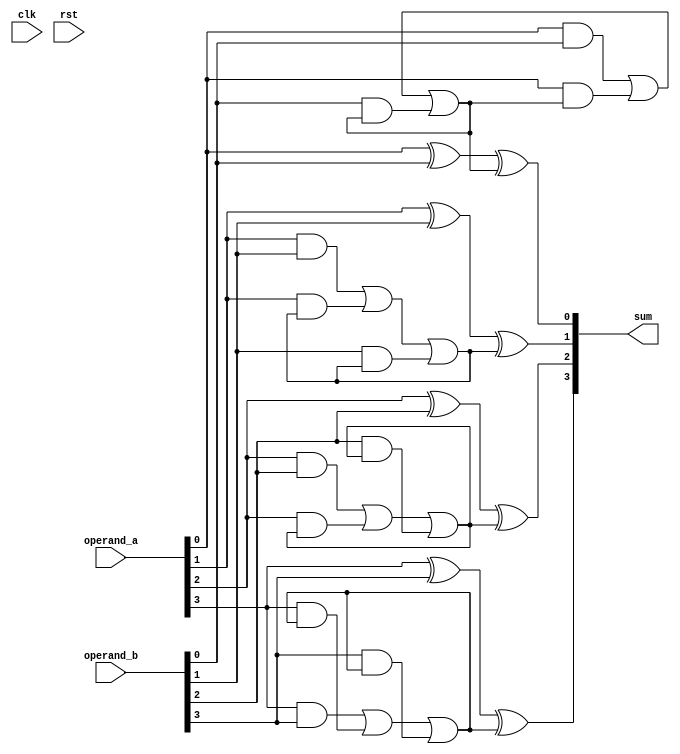
module manchester_carry_chain_adder (
    input     wire          clk,
    input     wire          rst,
    input     wire  [3:0]   operand_a,
    input     wire  [3:0]   operand_b,
    output    wire  [3:0]   sum
);

wire [3:0] carry;

assign sum[0] = operand_a[0] ^ operand_b[0] ^ carry[0];
assign sum[1] = operand_a[1] ^ operand_b[1] ^ carry[1];
assign sum[2] = operand_a[2] ^ operand_b[2] ^ carry[2];
assign sum[3] = operand_a[3] ^ operand_b[3] ^ carry[3];

assign carry[0] = (operand_a[0] & operand_b[0]) | (operand_a[0] & carry[0]) | (operand_b[0] & carry[0]);
assign carry[1] = (operand_a[1] & operand_b[1]) | (operand_a[1] & carry[1]) | (operand_b[1] & carry[1]);
assign carry[2] = (operand_a[2] & operand_b[2]) | (operand_a[2] & carry[2]) | (operand_b[2] & carry[2]);
assign carry[3] = (operand_a[3] & operand_b[3]) | (operand_a[3] & carry[3]) | (operand_b[3] & carry[3]);

endmodule